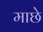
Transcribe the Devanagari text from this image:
माछे